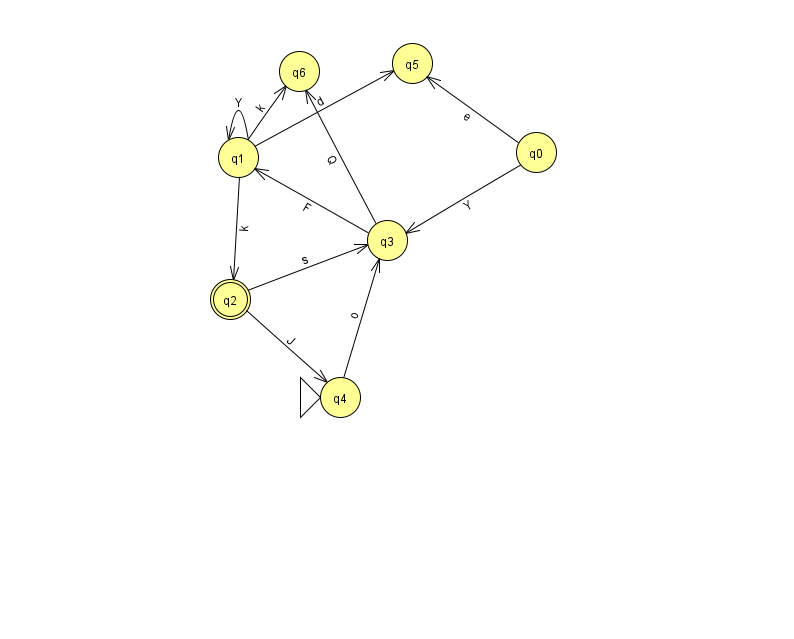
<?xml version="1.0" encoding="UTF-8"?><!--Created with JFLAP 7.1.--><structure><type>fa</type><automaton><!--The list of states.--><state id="0" name="q0"><x>536.0</x><y>139.0</y></state><state id="1" name="q1"><x>238.0</x><y>144.0</y></state><state id="2" name="q2"><x>230.0</x><y>286.0</y><final/></state><state id="3" name="q3"><x>387.0</x><y>227.0</y></state><state id="4" name="q4"><x>340.0</x><y>384.0</y><initial/></state><state id="5" name="q5"><x>412.0</x><y>50.0</y></state><state id="6" name="q6"><x>299.0</x><y>58.0</y></state><!--The list of transitions.--><transition><from>4</from><to>3</to><read>o</read></transition><transition><from>3</from><to>6</to><read>Q</read></transition><transition><from>3</from><to>1</to><read>F</read></transition><transition><from>1</from><to>2</to><read>k</read></transition><transition><from>0</from><to>5</to><read>e</read></transition><transition><from>1</from><to>6</to><read>k</read></transition><transition><from>1</from><to>1</to><read>Y</read></transition><transition><from>2</from><to>4</to><read>J</read></transition><transition><from>0</from><to>3</to><read>Y</read></transition><transition><from>2</from><to>3</to><read>s</read></transition><transition><from>1</from><to>5</to><read>d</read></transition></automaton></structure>